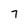
Character: 7